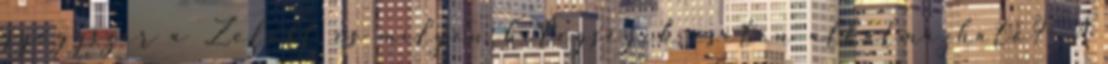
gyógyszer a Zoloft és milyen betegségek esetén alkalmazható? A